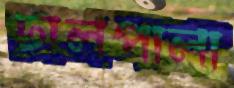
ঢালপালা